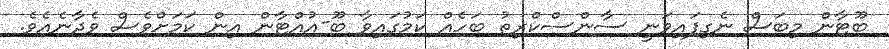
ބޫޓާން މިބަސް ނެގިފައިވަނީ ސާންސްކްރިތު ބަހެއް ކަމުގައިވާ ބޫ-އުއްޓާން އިން ކަމަށްވެސް ވެދާނެއެވެ.